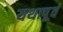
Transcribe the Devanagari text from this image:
यथापू्र्व